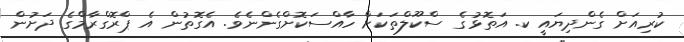
ކުރިއަށް ގެންދިޔައީ ކ. އަތޮޅުގެ ސްކޫލްތަކަށް ހާއްސަކޮށްގެންނެވެ. އެގޮތުން އެ ޕްރޮގްރާމްގެ ދަށުން